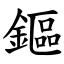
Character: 鏂